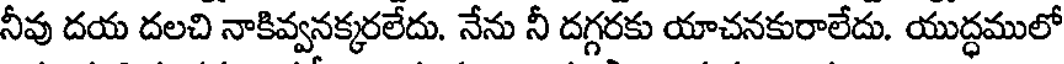
నీవు దయ దలచి నాకివ్వనక్కరలేదు. నేను నీ దగ్గరకు యాచనకురాలేదు. యుద్ధములో